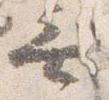
無